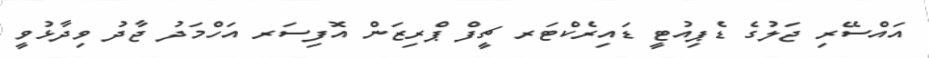
އައްސޭރި ޖަލުގެ ޑެޕިއުޓީ ޑައިރެކްޓަރ ޗީފް ޕްރިޒަން އޮފިސަރ އަހްމަދު ޖާދު ވިދާޅުވީ